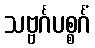
သဗ္ဗင်္ဂပစ္စင်္ဂံ